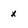
Character: x